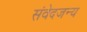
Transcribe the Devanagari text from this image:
संवेदजन्य